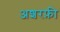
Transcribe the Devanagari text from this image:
अशरफ़ी